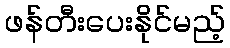
ဖန်တီးပေးနိုင်မည့်